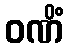
ဝဏိံ